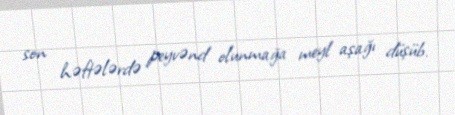
son həftələrdə peyvənd olunmağa meyl aşağı düşüb.